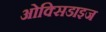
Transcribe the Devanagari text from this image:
ओक्सिडाइज